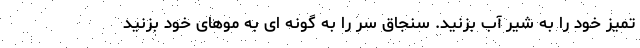
تمیز خود را به شیر آب بزنید. سنجاق سر را به گونه ای به موهای خود بزنید